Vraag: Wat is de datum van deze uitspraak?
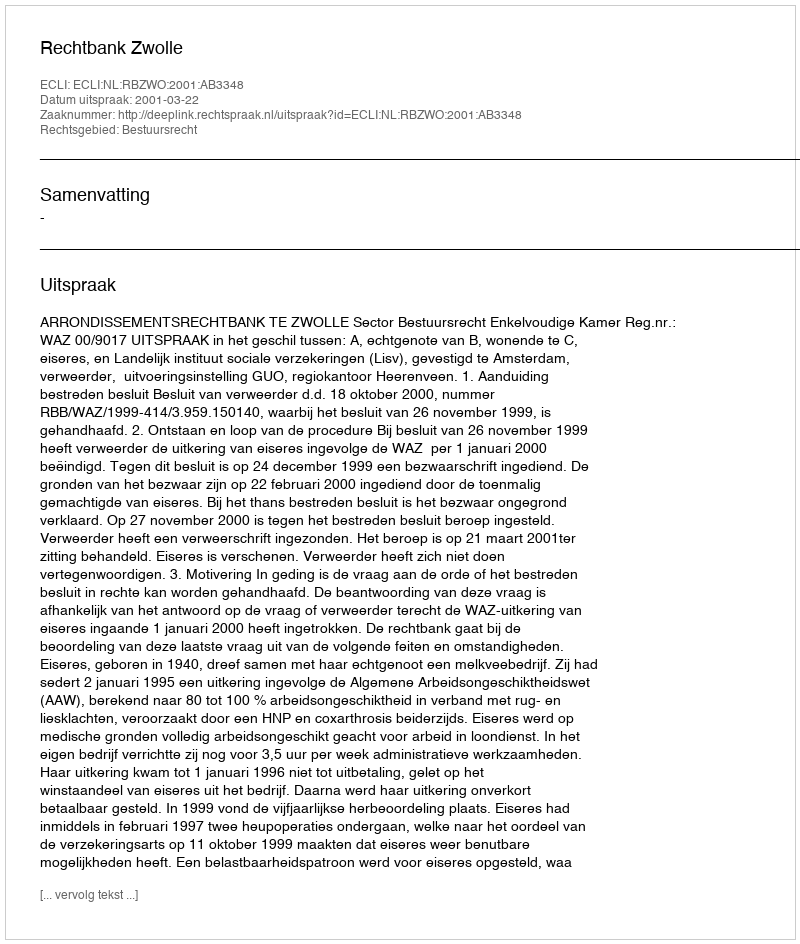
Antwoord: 2001-03-22